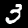
Digit: 3